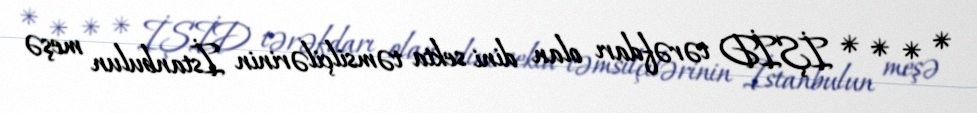
* * * * İŞİD tərəfdarı olan dini sekta təmsilçilərinin İstanbulun meşə